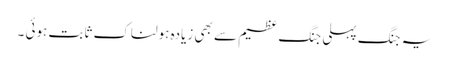
یہ جنگ پہلی جنگ عظیم سے بھی زیادہ ہولناک ثابت ہوئی ۔